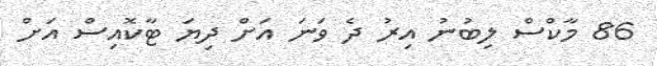
86 މާކްސް ލިބުނު އިރު ދެ ވަނަ އަށް ދިޔަ ޓާކޮއިސް އަށް